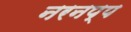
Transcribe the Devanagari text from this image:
नरनप्प